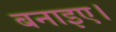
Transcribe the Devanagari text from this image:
बनाइए।